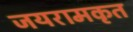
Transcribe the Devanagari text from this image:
जयरामकृत